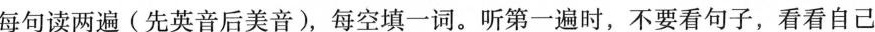
每句读两遍(先英音后美音),每空填一词.听第一遍时,不要看句子,看看自己